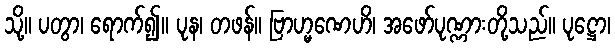
သို့။ ပတွာ၊ ရောက်၍။ ပုန၊ တဖန်။ ဗြာဟ္မဏေဟိ၊ အဖော်ပုဏ္ဏားတို့သည်။ ပုဋ္ဌော၊